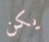
يكن